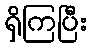
ရှိကြပြီး